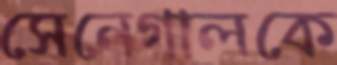
সেনেগালকে